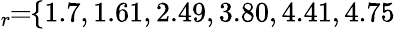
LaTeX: \! \! \! \overline{{\epsilon}}_{r}\! \! =\! \! \{ 1.7,1.61,2.49,3.80,4.41,4.75\} \! \! \!